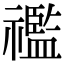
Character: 𥜓